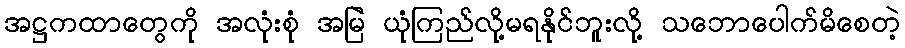
အဋ္ဌကထာတွေကို အလုံးစုံ အမြဲ ယုံကြည်လို့မရနိုင်ဘူးလို့ သဘောပေါက်မိစေတဲ့